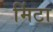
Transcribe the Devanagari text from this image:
मिंटा